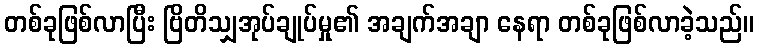
တစ်ခုဖြစ်လာပြီး ဗြိတိသျှအုပ်ချုပ်မှု၏ အချက်အချာ နေရာ တစ်ခုဖြစ်လာခဲ့သည်။